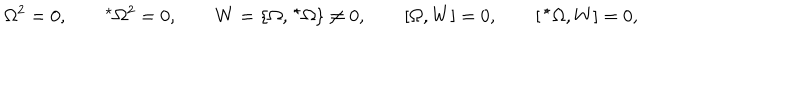
\Omega ^ { 2 } = 0 , \qquad ^ { \star } \Omega ^ { 2 } = 0 , \qquad W = \{ \Omega , \, ^ { \star } \Omega \} \neq 0 , \qquad [ \Omega , W ] = 0 , \qquad [ \, ^ { \star } \Omega , W ] = 0 ,